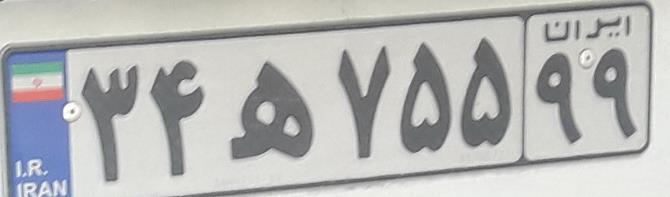
۳۴ه۷۵۵۹۹